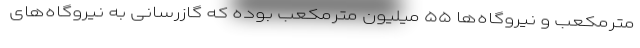
مترمکعب و نیروگاه‌ها ۵۵ میلیون مترمکعب بوده که گازرسانی به نیروگاه‌های